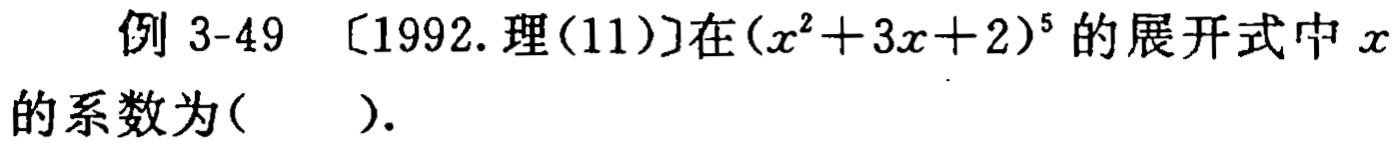
例 3-49 [1992.理(11)]在\((x^{2}+3x + 2)^{5}\)的展开式中\(x\)的系数为( ).